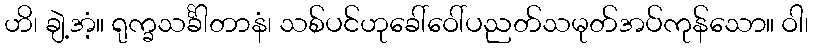
ဟိ၊ ချဲ့အံ့။ ရုက္ခသင်္ခါတာနံ၊ သစ်ပင်ဟုခေါ်ဝေါ်ပညတ်သမုတ်အပ်ကုန်သော။ ဝါ၊